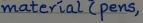
material ( pens,